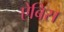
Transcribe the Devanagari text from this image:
ऐबिस